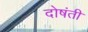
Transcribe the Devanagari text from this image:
दोषंती